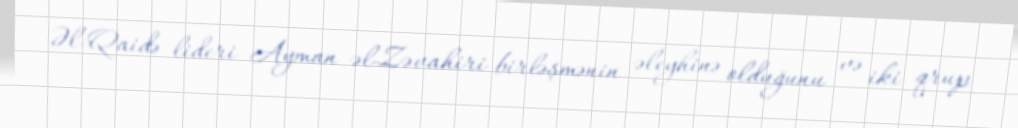
Əl-Qaidə lideri Ayman əl-Zəvahiri birləşmənin əleyhinə olduğunu və iki qrup